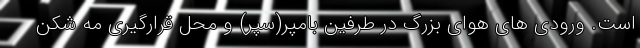
است. ورودی های هوای بزرگ در طرفین بامپر(سپر) و محل قرارگیری مه شکن